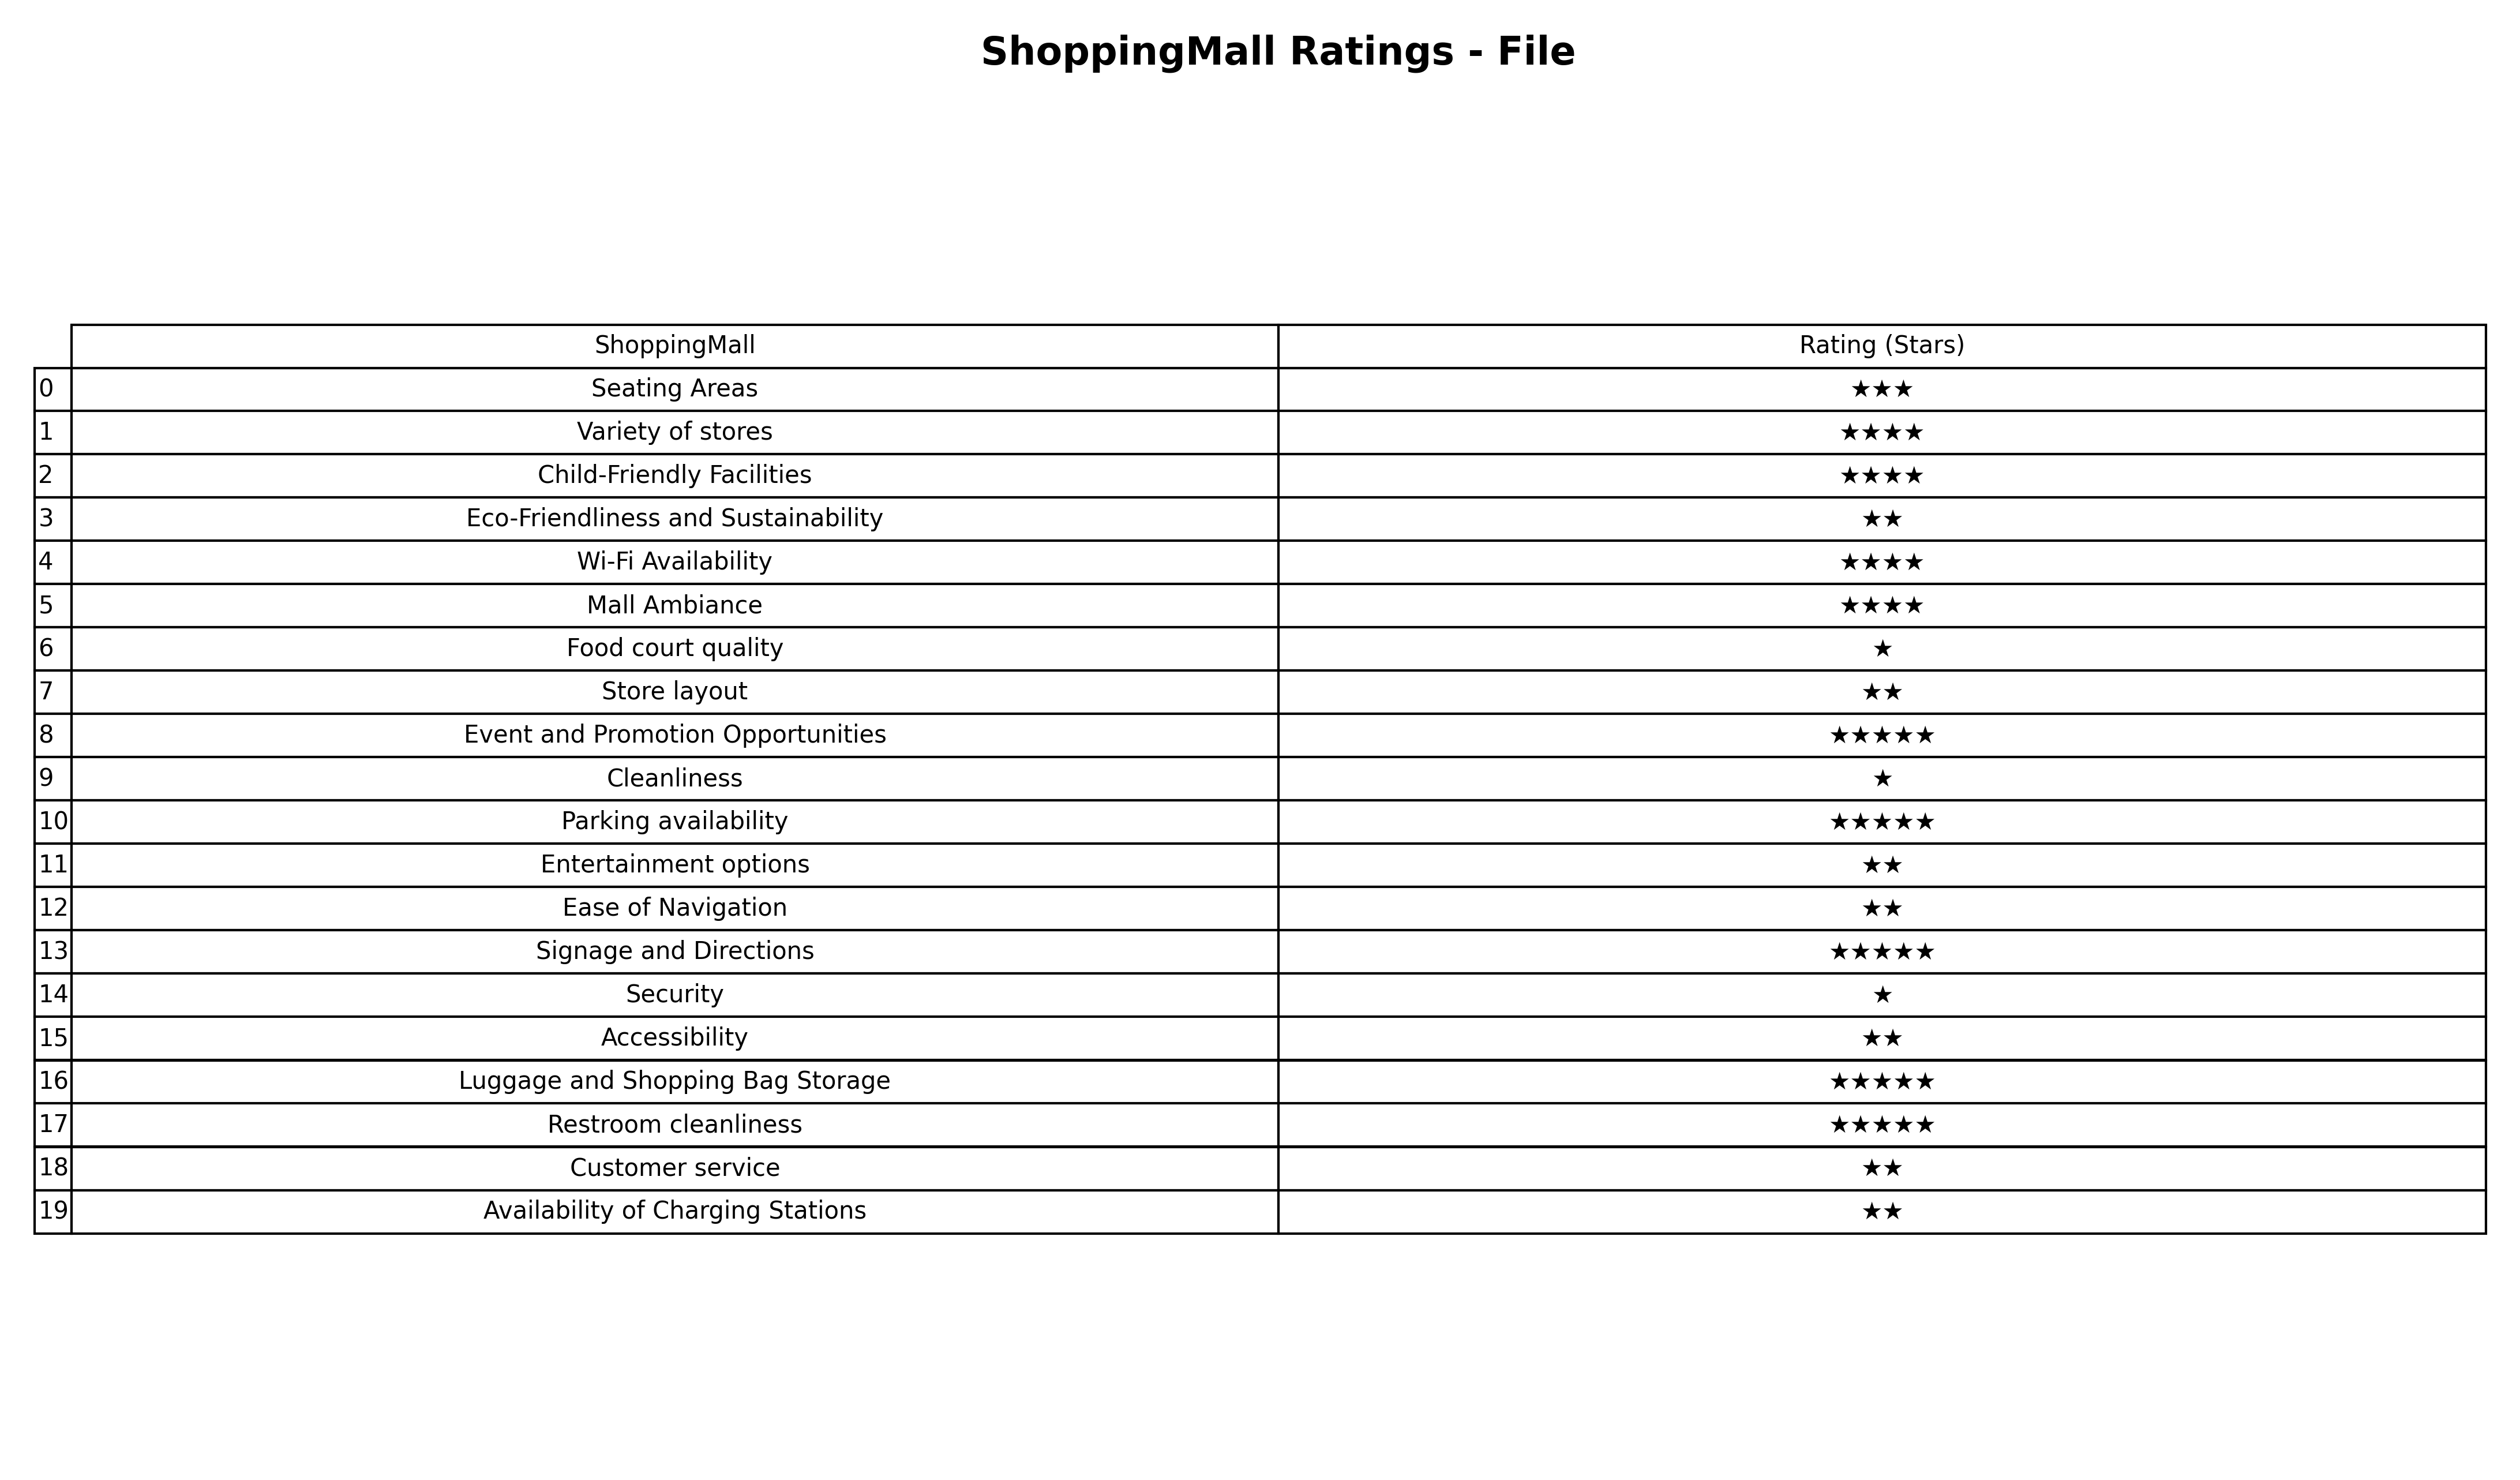
question: What is the rating of Entertainment options?
answer: ★★